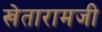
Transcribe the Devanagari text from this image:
खेतारामजी